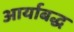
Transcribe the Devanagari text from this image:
आर्याबद्ध